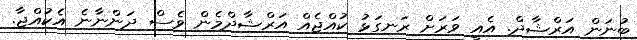
ބުނަން އަރްޝާދް. އެއީ ވަރަށް ރަނގަޅު ކުއްޖެއް އަރްޝާދްމެން ވެސް ދަންނާނެ އެކުއްޖާ.